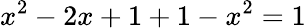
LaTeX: x^{2}-2x+1+1-x^{2}=1